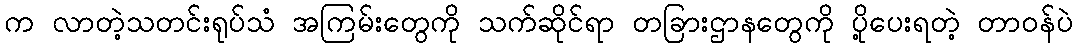
က လာတဲ့သတင်းရုပ်သံ အကြမ်းတွေကို သက်ဆိုင်ရာ တခြားဌာနတွေကို ပို့ပေးရတဲ့ တာဝန်ပဲ